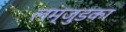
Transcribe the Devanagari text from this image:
लम्जुडका